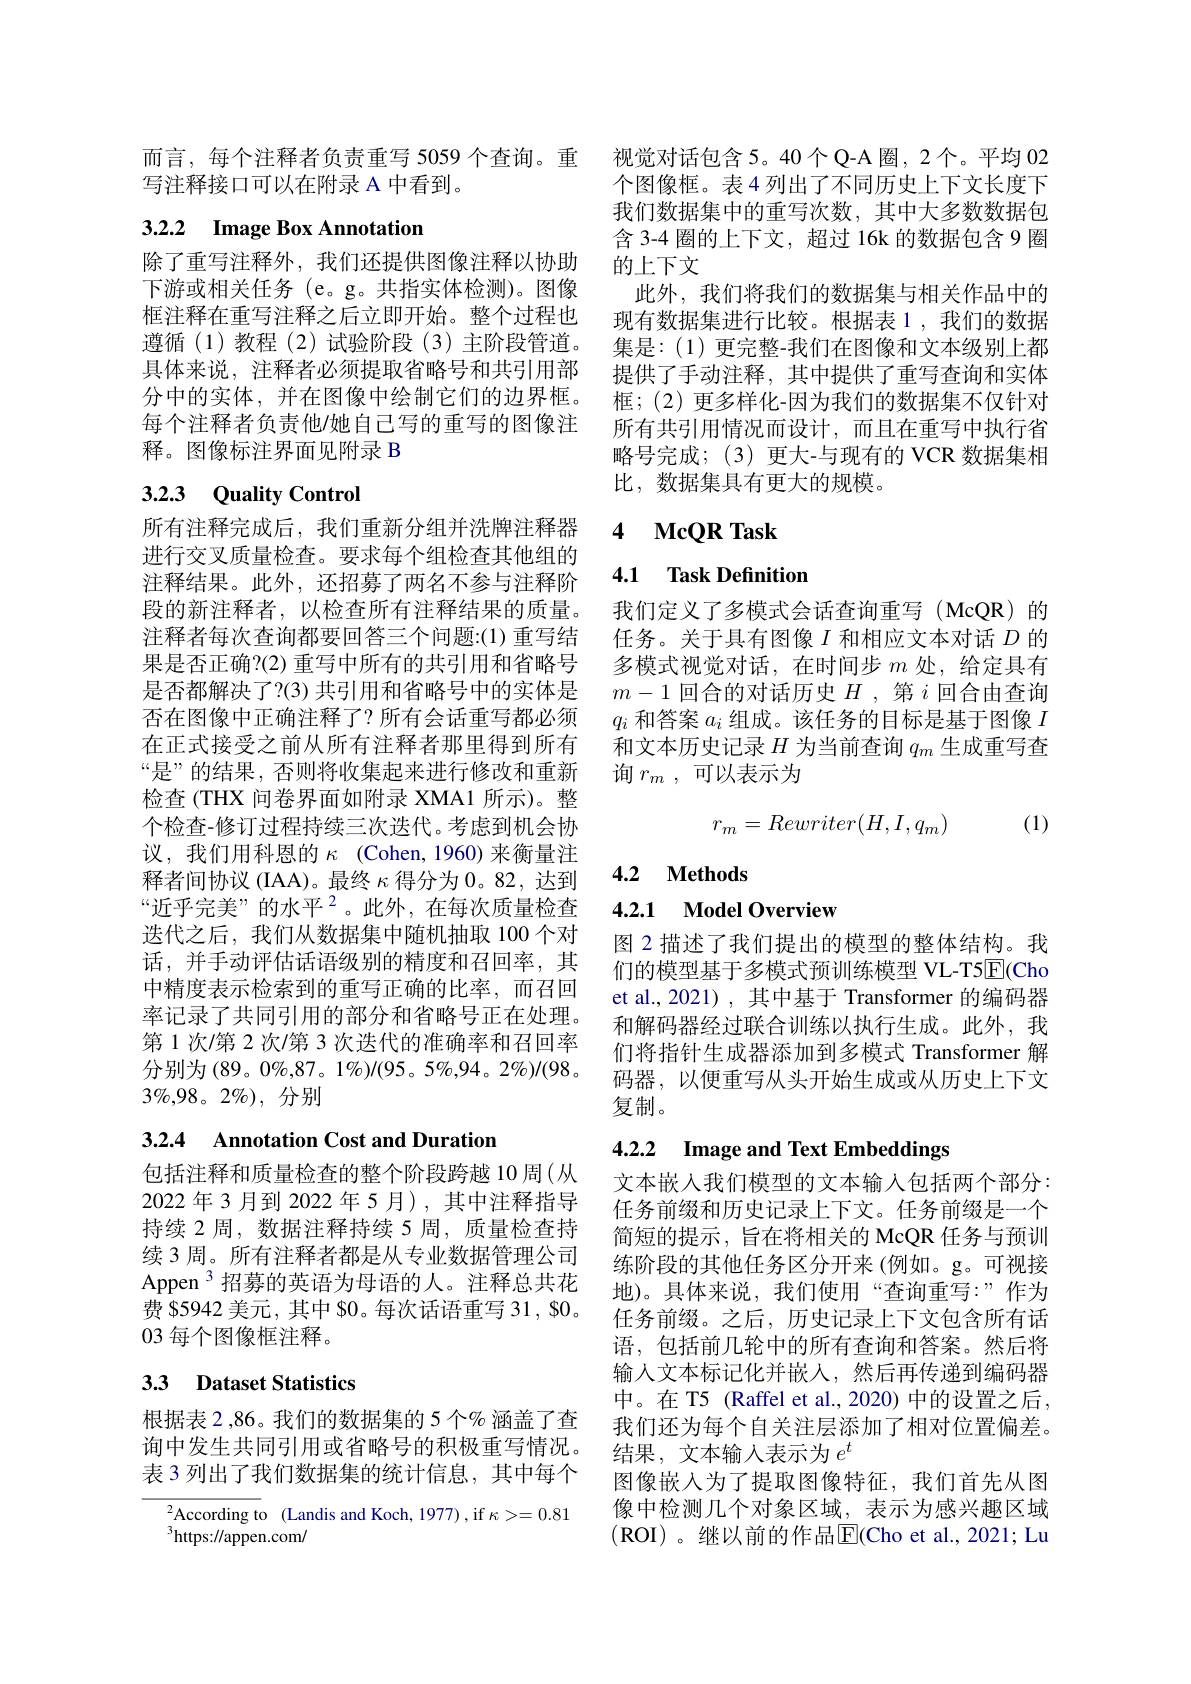
而言，每个注释者负责重写 5059 个查询。重
写注释接口可以在附录 A 中看到。

## 3.2.2 $\textbf{Image Box Annotation}$

每个注释者负责他/她自己写的重写的图像注
释。图像标注界面见附录 B

# 3.2.3 Quality Control

所有注释完成后，我们重新分组并洗牌注释器进行交叉质量检查。要求每个组检查其他组的注释结果。此外，还招募了两名不参与注释阶段的新注释者，以检查所有注释结果的质量。注释者每次查询都要回答三个问题：(1)重写结果是否正确？(2) 重写中所有的共引用和省略号是否都解决了？(3) 共引用和省略号中的实体是否在图像中正确注释了？所有会话重写都必须在正式接受之前从所有注释者那里得到所有“是”的结果，否则将收集起来进行修改和重新检查 (THX 问卷界面如附录 XMA1 所示)。整个检查-修订过程持续三次迭代。考虑到机会协议，我们用科恩的$\kappa$ (Cohen,1960)来衡量注释者间协议 (IAA)。最终$\kappa$得分为0。82, 达到“近乎完美”的水平$^2$。此外，在每次质量检查迭代之后，我们从数据集中随机抽取 100 个对话，并手动评估话语级别的精度和召回率，其中精度表示检索到的重写正确的比率，而召回率记录了共同引用的部分和省略号正在处理。第 1 次/第 2 次/第 3 次迭代的准确率和召回率分别为(89。0%,87。1%)/(95。5$\%,94。2\%)/(98$。$3\%,98。2\%)$,分别

## 3.2.4 Annotation Cost and Duration

包括注释和质量检查的整个阶段跨越 10 周(从2022 年 3 月到 2022 年 5 月), 其中注释指导持续 2 周，数据注释持续 5 周，质量检查持续 3 周。所有注释者都是从专业数据管理公司Appen $^{3}$招募的英语为母语的人。注释总共花费 85942 美元，其中 80。每次话语重写 31 , $0。03 每个图像框注释。

## 33 Dataset Statistics

According to (Landis and Koch, 1977),if $\kappa>=0.81$
$^{3}$https://appen.com/

视觉对话包含 5。40个Q-A圈，2个。平均 02个图像框。表4 列出了不同历史上下文长度下我们数据集中的重写次数，其中大多数数据包含 3-4 圈的上下文，超过 16k 的数据包含 9 圈
除了重写注释外，我们还提供图像注释以协助 的上下文
下游或相关任务 (e。g。共指实体检测)。图像 此外，我们将我们的数据集与相关作品中的框注释在重写注释之后立即开始。整个过程也 现有数据集进行比较。根据表1，我们的数据遵循(1)教程(2)试验阶段(3)主阶段管道。集是：(1)更完整-我们在图像和文本级别上都目体中说 过双老以须担而少败日和井引田初 其他一千山只留一故们在图像和文本级别上都具体来说，注释者必须提取省略号和共引用部 提供了手动注释，其中提供了重写查询和实体分中的实体，并在图像中绘制它们的边界框。框；(2)更多样化-因为我们的数据集不仅针对
所有共引用情况而设计，而且在重写中执行省略号完成；(3)更大-与现有的 VCR 数据集相比，数据集具有更大的规模。

## 4 $\textbf{McQR Task}$

## 4.1 Task Definition

我们定义了多模式会话查询重写(McQR)的任务。关于具有图像$I$和相应文本对话$D$的多模式视觉对话，在时间步$m$处，给定具有$m-1$回合的对话历史$H$ ,第$i$回合由查询$q_i$和答案$a_i$组成。该任务的目标是基于图像$I$ 和文本历史记录$H$为当前查询$q_m$生成重写查询$r_m$,可以表示为

(1)
$$r_m=Rewriter(H,I,q_m)$$
4.2 $\textbf{Methods}$

## 4.2.1 Model Overview

图 2 描述了我们提出的模型的整体结构。我们的模型基于多模式预训练模型 VL-T5$\overline{\mathrm{E}}($Cho et al., 2021) , 其中基于 Transformer 的编码器和解码器经过联合训练以执行生成。此外，我们将指针生成器添加到多模式 Transformer 解码器，以便重写从头开始生成或从历史上下文复制。

# 4.2.2 Image and Text Embeddings

文本嵌入我们模型的文本输入包括两个部分： 任务前缀和历史记录上下文。任务前缀是一个简短的提示，旨在将相关的 McQR 任务与预训练阶段的其他任务区分开来(例如。g。可视接地)。具体来说，我们使用“查询重写：”作为任务前缀。之后，历史记录上下文包含所有话语，包括前几轮中的所有查询和答案。然后将输入文本标记化并嵌人，然后再传递到编码器中。在 T5 (Raffel et al., 2020) 中的设置之后，
根据表2，86。我们的数据集的5个% 涵盖了查 我们还为每个自关注层添加了相对位置偏差。
询中发生共同引用或省略号的积极重写情况。结果，文本输入表示为$e^t$
表 3 列出了我们数据集的统计信息，其中每个 图像嵌人为了提取图像特征，我们首先从图
像中检测几个对象区域，表示为感兴趣区域(ROI)。继以前的作品$\boxed{\mathrm{E}}($Cho et al.,2021; Lu